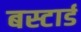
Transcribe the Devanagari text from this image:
बस्टार्ड